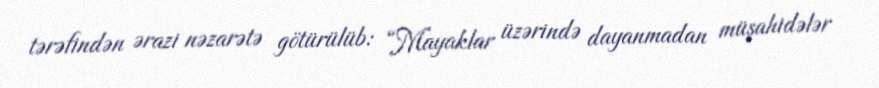
tərəfindən ərazi nəzarətə götürülüb: “Mayaklar üzərində dayanmadan müşahidələr